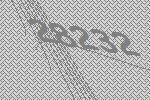
28232